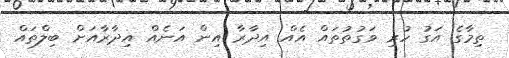
ތިމާގެ އަގު ހުރި ވަގުތުތައް އެއް އިދާރާ އިން އަނެއް އިދާރާއަށް ބިލްތައް